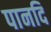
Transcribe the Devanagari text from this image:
पानदि